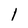
Character: 1